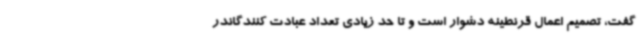
گفت، تصمیم اعمال قرنطینه دشوار است و تا حد زیادی تعداد عبادت کنندگاندر